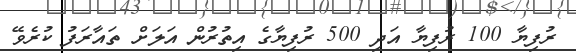
ރުފިޔާ 100 ރުފިޔާ އަދި 500 ރުފިޔާގެ އިތުރުން އަލަށް ތައާރަފު ކުރެވޭ